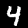
Digit: 4